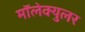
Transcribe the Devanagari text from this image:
मॉलेक्युलर